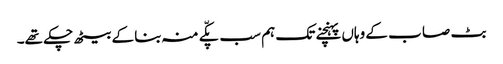
بٹ صا ب کے وہاں پہنچنے تک ہم سب پکّے منہ بنا کے بیٹھ چکے تھے۔